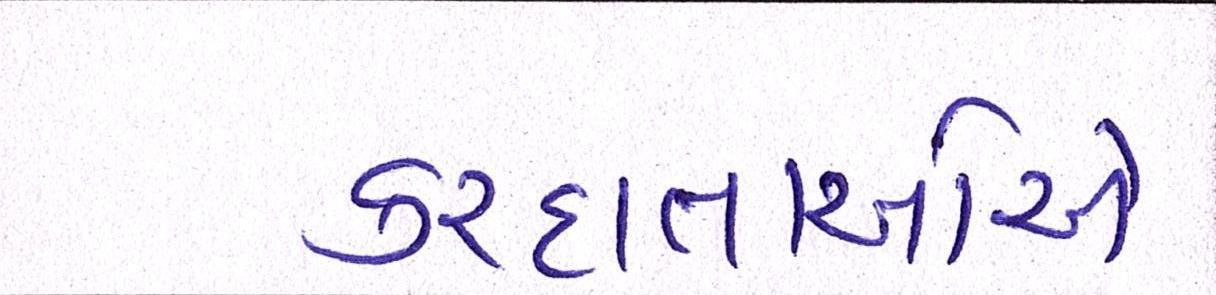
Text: કરદાતાઓએ